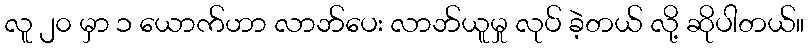
လူ ၂၀ မှာ ၁ ယောက်ဟာ လာဘ်ပေး လာဘ်ယူမှု လုပ် ခဲ့တယ် လို့ ဆိုပါတယ်။